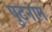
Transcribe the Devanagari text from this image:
पुटनाम